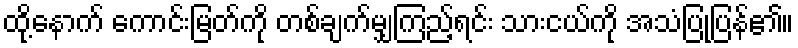
ထို့နောက် ကောင်းမြတ်ကို တစ်ချက်မျှကြည့်ရင်း သားငယ်ကို အသံပြုပြန်၏။